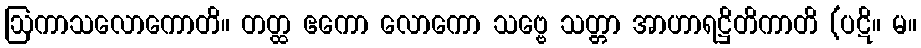
ဩကာသလောကောတိ။ တတ္ထ ဧကော လောကော သဗ္ဗေ သတ္တာ အာဟာရဋ္ဌိတိကာတိ (ပဋိ။ မ။